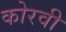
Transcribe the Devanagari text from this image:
कोरवी